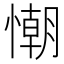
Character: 𢢅